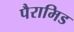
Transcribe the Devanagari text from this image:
पैरामिड